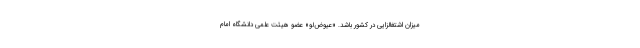
میزان اشتغالزایی در کشور باشد. «عیوض‌لو» عضو هیئت علمی دانشگاه امام